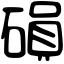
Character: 磒